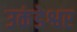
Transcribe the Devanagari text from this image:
उकंडेश्वर